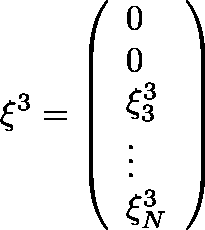
{ { \mathbf { \xi } } ^ { 3 } } = \left( \begin{array} { l } { 0 } \\ { 0 } \\ { \xi _ { 3 } ^ { 3 } } \\ { \vdots } \\ { \xi _ { N } ^ { 3 } } \end{array} \right)